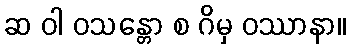
ဆ ဝါ ဝသန္တော စ ဂိမှ ဝဿာနာ။